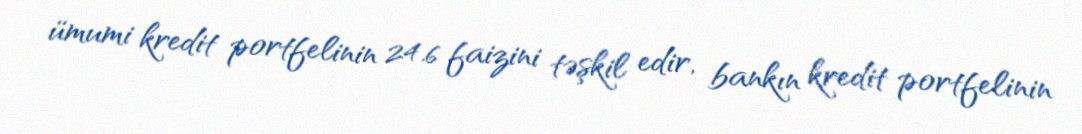
ümumi kredit portfelinin 24.6 faizini təşkil edir, bankın kredit portfelinin